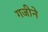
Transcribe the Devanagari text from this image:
गजीने